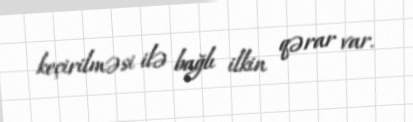
keçirilməsi ilə bağlı ilkin qərar var.